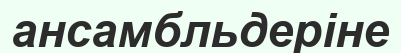
ансамбльдеріне